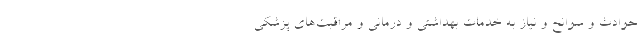
حوادث و سوانح و نیاز به خدمات بهداشتی و درمانی و مراقبت‌های پزشکی